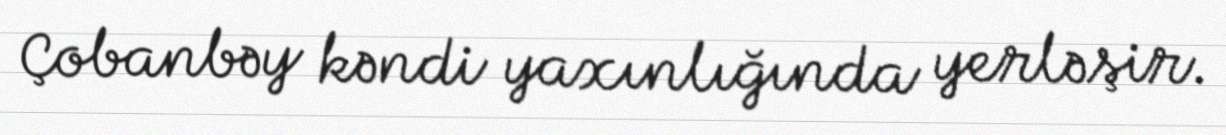
Çobanbəy kəndi yaxınlığında yerləşir.